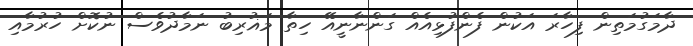
ދާމަގުމަތިން ފިހާރަ އަކުން ފެންފުޅިއެއް ގަންނާނީއޭ ހިތާ މަޣުރިބު ނަމާދުވެސް ނުކޮށް ހުރުމާއި